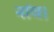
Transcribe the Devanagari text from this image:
नांव।